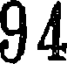
94